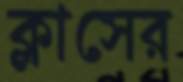
ক্লাসের